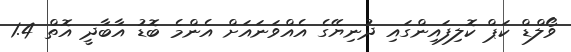
ވޯލްޑް ކަޕް ކޮލިފައިންގައި ދުނިޔޭގެ އެއްވަނައަށް އެންމެ ބޮޑު އާބާދީ އޮތް 1.4